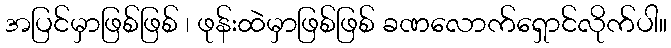
အပြင်မှာဖြစ်ဖြစ် ၊ ဖုန်းထဲမှာဖြစ်ဖြစ် ခဏလောက်ရှောင်လိုက်ပါ။